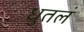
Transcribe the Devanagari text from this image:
धुतलं